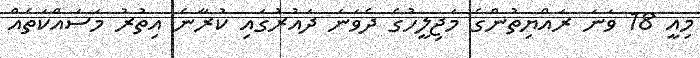
މިއީ 18 ވަނަ ރައްޔިތުންގެ މަޖިލީހުގެ ދެވަނަ ދައުރުގައި ކުރާނެ އިތުރު މަސައްކަތެއް